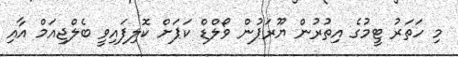
މި ހަތަރު ޓީމުގެ އިތުރުން ޔޫރަޕުން ވޯލްޑް ކަޕަށް ކޮލިފައިވީ ބެލްޖިއަމް އާއި